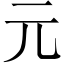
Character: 元